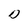
Character: D